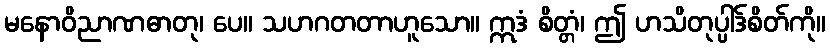
မနောဝိညာဏဓာတု၊ ပေ။ သဟဂတတာဟူသော။ ဣဒံ စိတ္တံ၊ ဤ ဟသိတုပ္ပါဒ်စိတ်ကို။